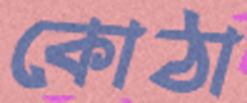
কোঠা